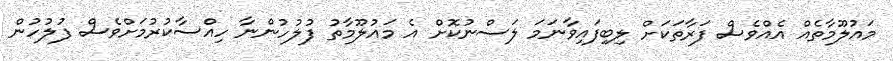
މައުލޫމާތެއް އެއްވެސް ފަރާތަކަށް ލިބިފައިވާނަމަ ލަސްނުކޮށް އެ މައުލޫމާތު ފުލުހުންނާ ހިއްސާކުރުމަށްވެސް ފުލުހުން